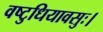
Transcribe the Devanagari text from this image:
वष्टुधियावसुः।